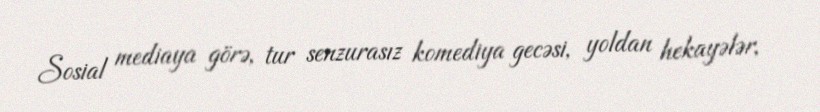
Sosial mediaya görə, tur senzurasız komediya gecəsi, yoldan hekayələr,